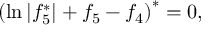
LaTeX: \left( \ln | f _ { 5 } ^ { \ast } | + f _ { 5 } - f _ { 4 } \right) ^ { \ast } = 0 ,